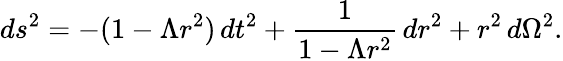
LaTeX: ds^{2}=-(1-\Lambda r^{2})\, dt^{2}+{\frac{1}{1-\Lambda r^{2}}}\, dr^{2}+r^{2}\, d\Omega^{2}.